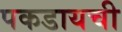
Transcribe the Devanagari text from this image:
पकडायची